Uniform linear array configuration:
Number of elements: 16
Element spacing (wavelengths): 0.5
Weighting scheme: hamming
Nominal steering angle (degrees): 60
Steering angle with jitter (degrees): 58.166
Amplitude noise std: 0.05
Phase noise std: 0.05

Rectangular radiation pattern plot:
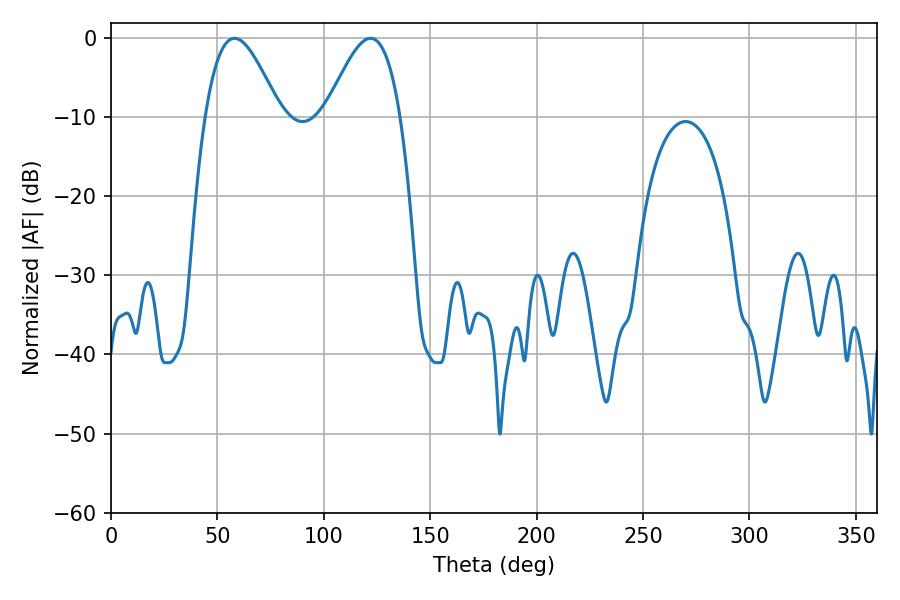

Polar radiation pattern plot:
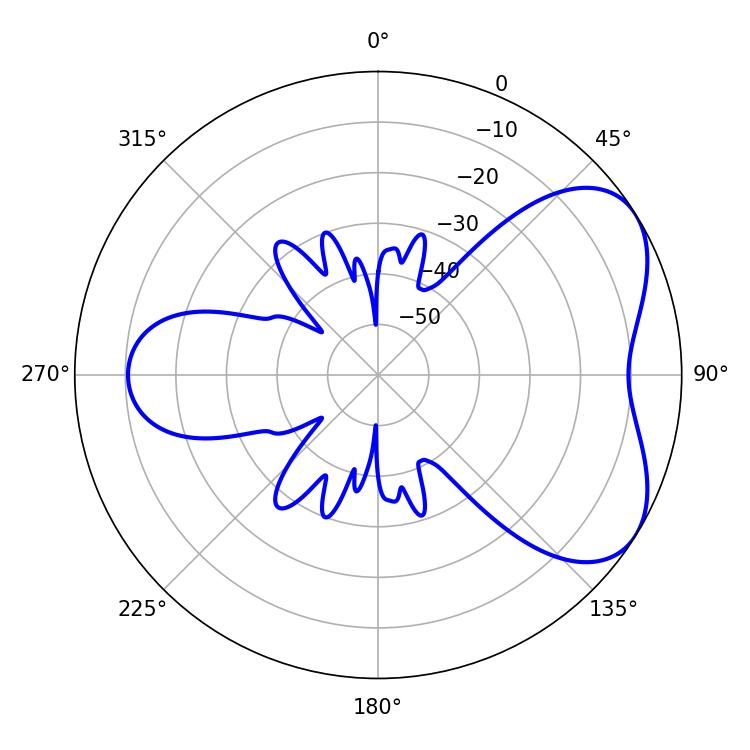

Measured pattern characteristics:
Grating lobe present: FALSE
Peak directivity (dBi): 5.155
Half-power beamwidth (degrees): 18.9
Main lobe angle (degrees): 57.96